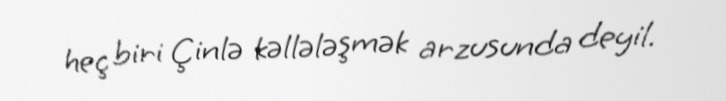
heç biri Çinlə kəllələşmək arzusunda deyil.